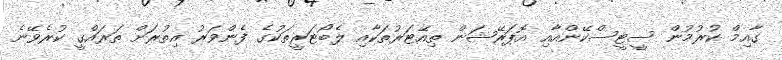
ގާއިމް ކުރުމުން ސީޓީސްކޭންއާއި އޮޕަރޭޝަން ތިއޭޓަރުތަކާއި ލެބޯޓަރީތަކުގެ ފެންވަރު އިތުރަށް ތަރައްގީ ކުރެވޭނެ